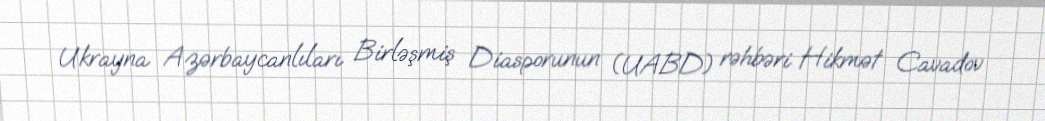
Ukrayna Azərbaycanlıları Birləşmiş Diasporunun (UABD) rəhbəri Hikmət Cavadov